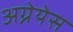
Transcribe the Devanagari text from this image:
अग्नेयेस